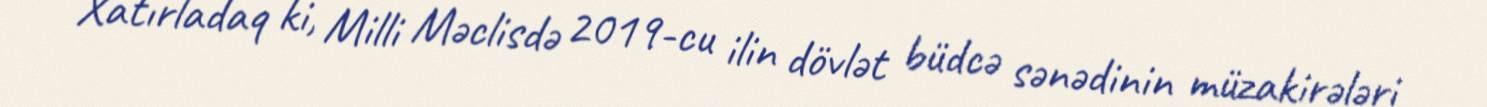
Xatırladaq ki, Milli Məclisdə 2019-cu ilin dövlət büdcə sənədinin müzakirələri